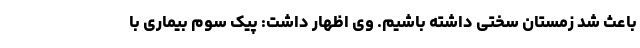
باعث شد زمستان سختی داشته باشیم. وی اظهار داشت: پیک سوم بیماری با